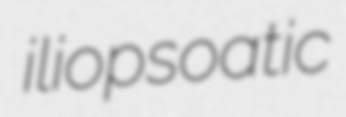
iliopsoatic